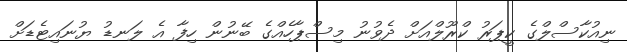
ނިއުކާސްލްގެ ކީޕަރު ކްރޫލްއަށް ދެވުނު މިސްޕާހެއްގެ ބޭނުން ހިފާ އެ ލަނޑު ޔުނައިޓެޑަށް